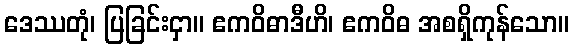
ဒေဿတုံ၊ ပြခြင်းငှာ။ ဧကဝိဓာဒီဟိ၊ ဧကဝိဓ အစရှိကုန်သော။